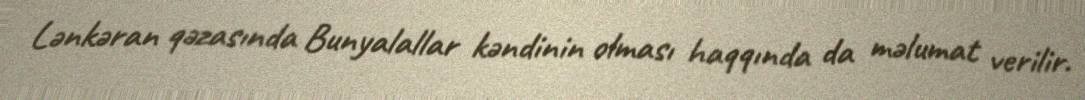
Lənkəran qəzasında Bunyalallar kəndinin olması haqqında da məlumat verilir.